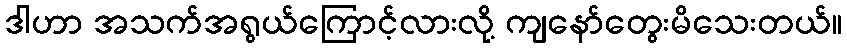
ဒါဟာ အသက်အရွယ်ကြောင့်လားလို့ ကျနော်တွေးမိသေးတယ်။